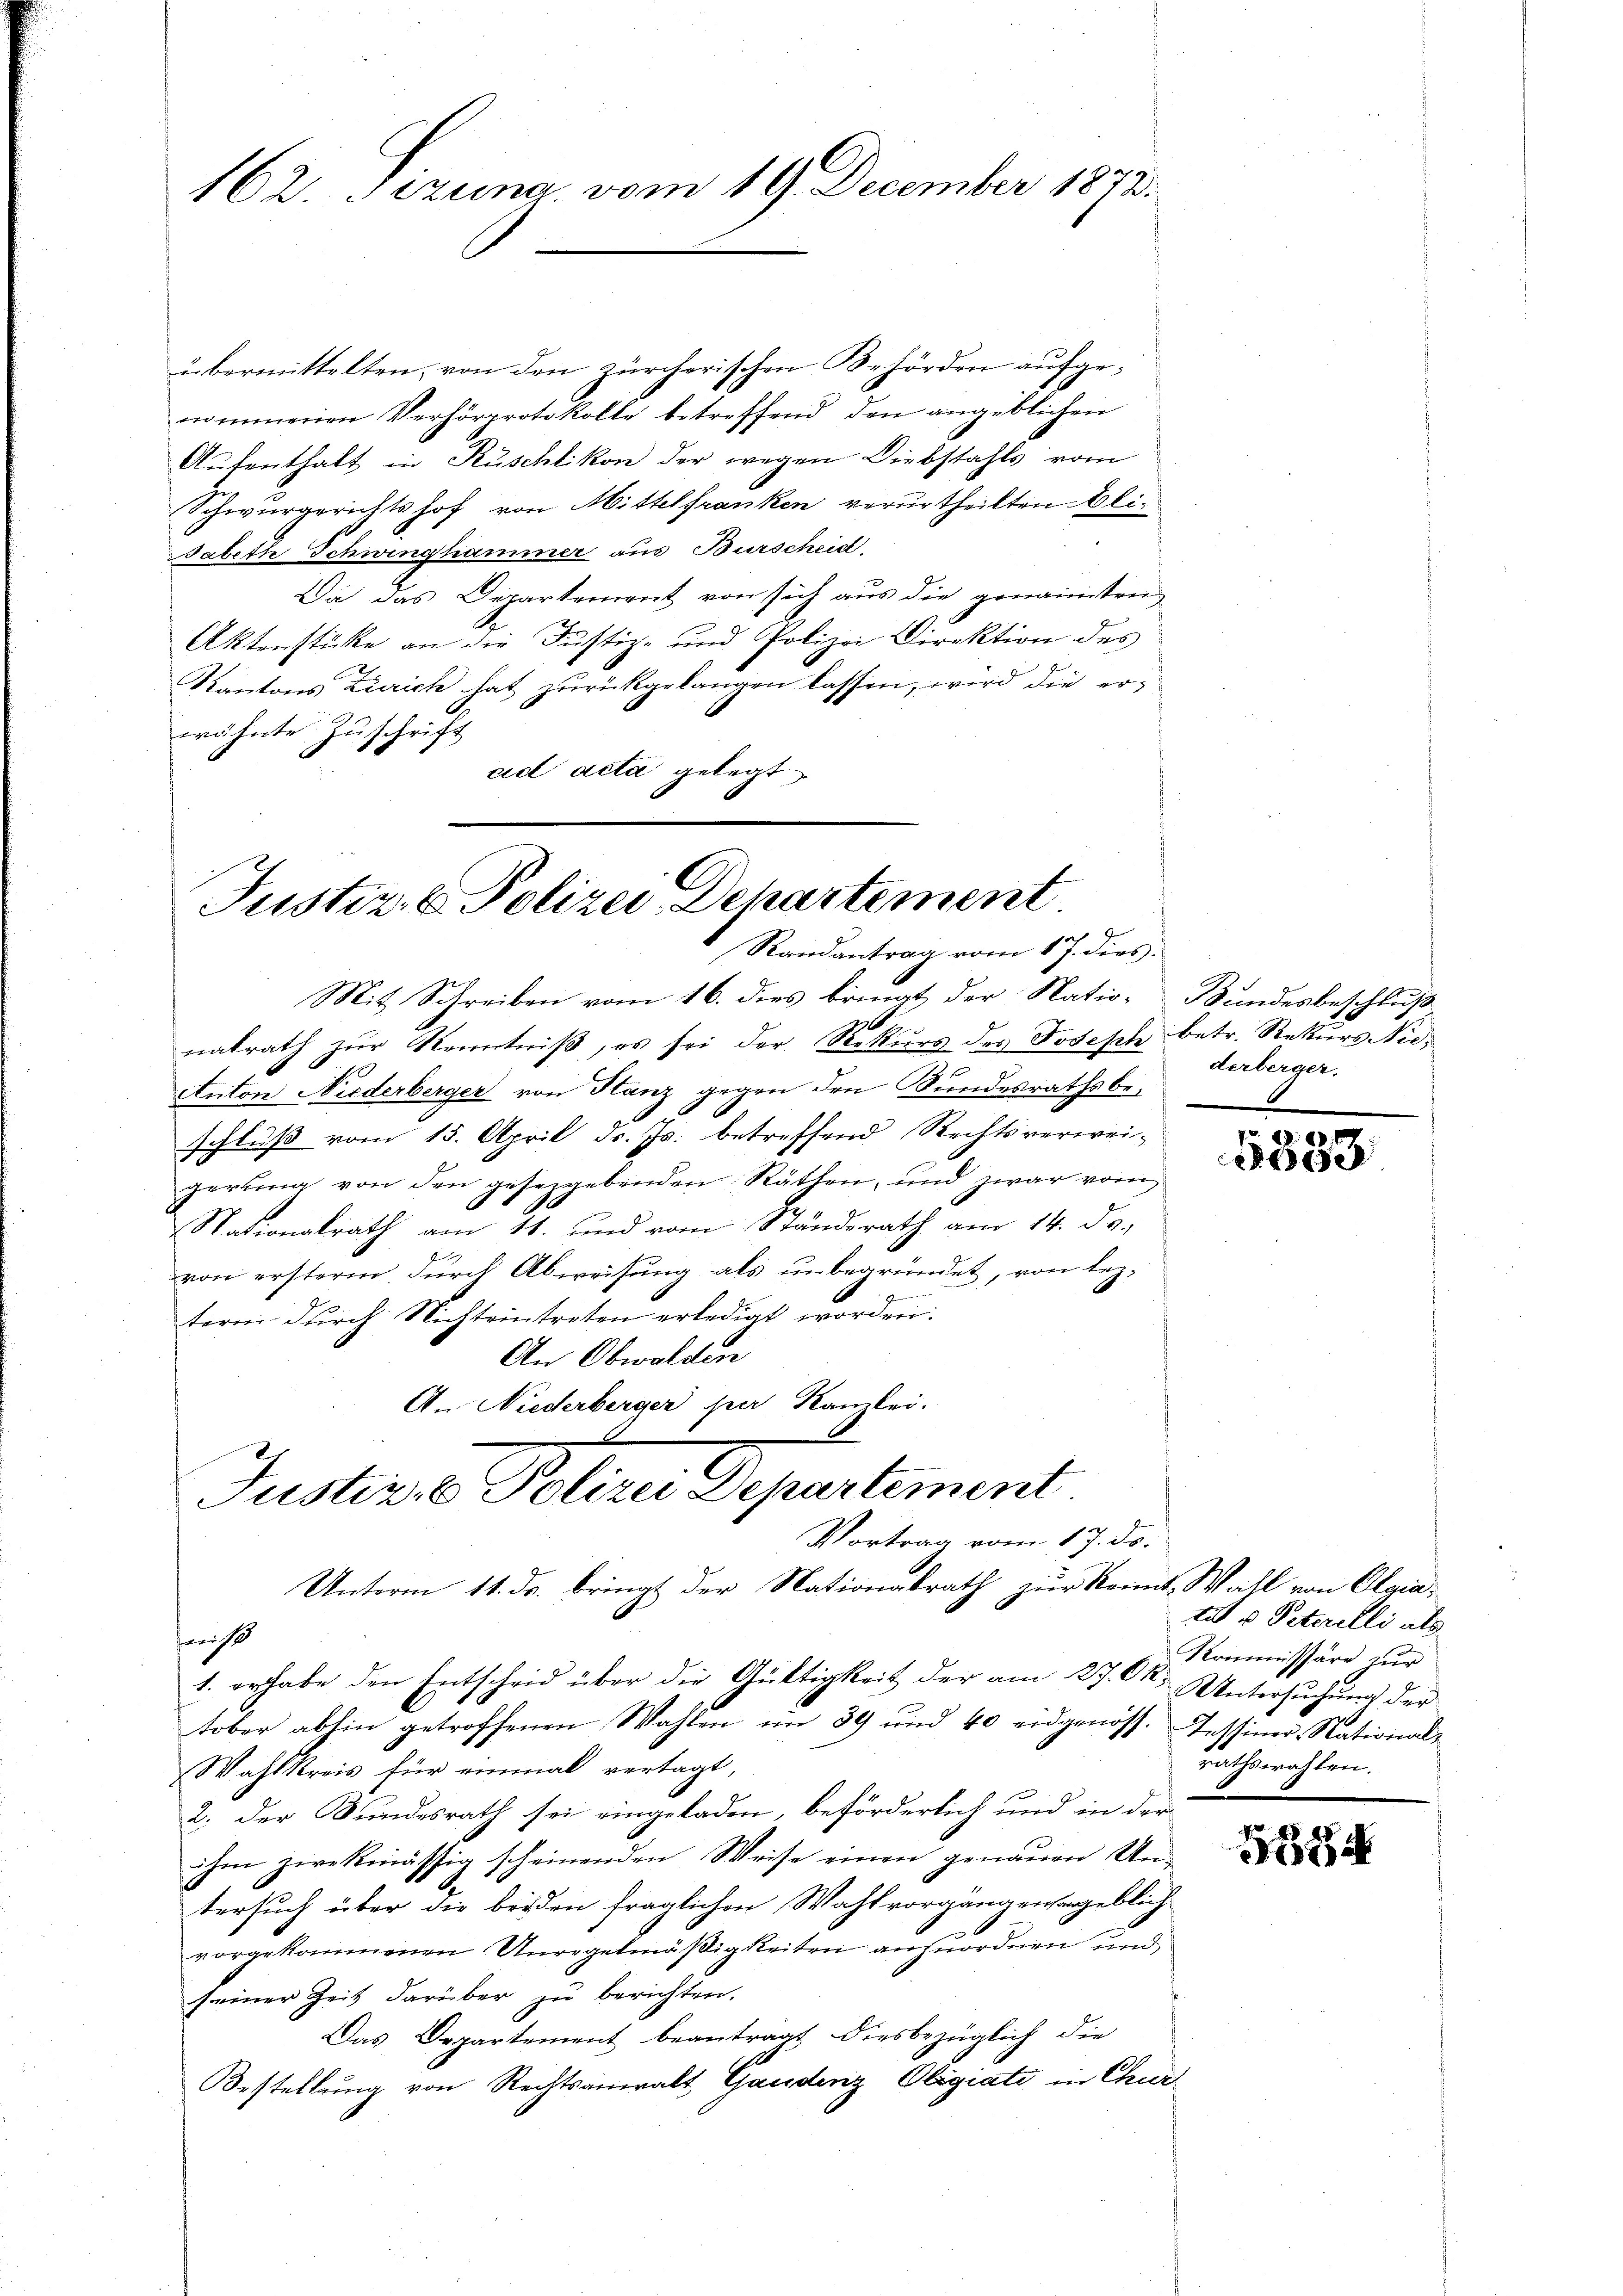
162. Sizung, vom 19. December 1873.

übermittelten, von den zürcherischen Behörden aufgenommenen Verhörprotokolle betreffend den angeblichen
Aufenthalt in Rüschlikon der wegen Diebstahls vom
Schwurgerichtshof von Mittelfranken verurtheilten Ali¬
Babeth Schwinghammer aus Burscheid,
Da das Departement von sich aus die genannten
Aktenstücke an die Justiz- und Polizei Direktion des
Kantons Zürich hat zurückgelangen lassen, wird die erwähnte Zuschrift
ad acta gelegt

Justiz- & Polizei Dehartement
9.
Randantrag vom 17. dies

Justiz- & Polizei Departement

Mit Schreiben vom 16. dies bringt der Nation Bundesbeschluß
natrath zur Kenntniß, es sei der Rekurs des Joseph betr. Rekurs Niee
Anton Niederberger von Planz gegen den Bundesrathsbeschluß vom 15. April d. Js. betreffend Rechtsverwei-
gerung von den gesezgebenden Räthen, und zwar vom
Nationalrath am 11. und vom Ständerath am 14. de.
von ersterm, durch Abweisung als unbegründet, von leztere durch Nichteintreten erledigt worden.
An Obwalden
An Niederberger par Kanzlei.
Unterm 11. ds. bringt der Nationalrath zur Kennt Wahl von Olgiawiß
1. erhabe den Entscheid über die Gültigkeit der am 27. Ok. Untersuchung der
tober abhin getroffenen Wahlen im 39 und 40 eidgenoss. Instiner-National-
Wahlkreis für einmal vertagt,
2. Der Bundesrath sei eingeladen, beförderlich und in der
ihm zwekmässig scheinenden Weise einen genauen Un-
tersuch über die beiden fraglichen Wahl vorgängenergeblich
vorgekommenen Unregelmäßigkeiten anzuordnen und
seiner Zeit darüber zu berichten.
Das Departement beantragt diesbezüglich die
Bestellung von Rechtsanwalt Gaudenz Oligiati in Chur

Vortrag vom 17. ds.

derberger,

20 x
e

tut u. Peterelli als
Kommissäre zur
rathswahlen.

1684